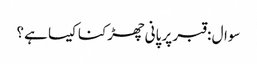
سوال : قبر پر پانی چھڑکنا کیسا ہے ؟